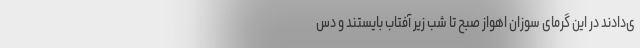
ی‌دادند در این گرمای سوزان اهواز صبح تا شب زیر آفتاب بایستند و دس